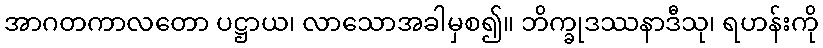
အာဂတကာလတော ပဋ္ဌာယ၊ လာသောအခါမှစ၍။ ဘိက္ခုဒဿနာဒီသု၊ ရဟန်းကို